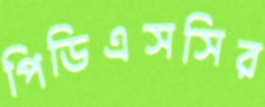
পিডিএসসির